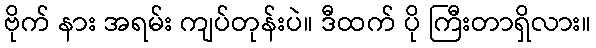
ဗိုက် နား အရမ်း ကျပ်တုန်းပဲ။ ဒီထက် ပို ကြီးတာရှိလား။